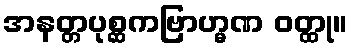
အနတ္တပုစ္ဆကဗြာဟ္မဏ ဝတ္ထု။